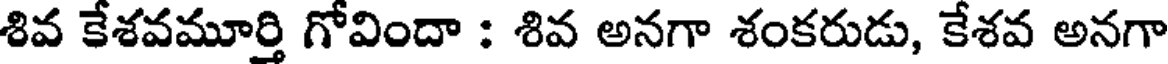
శివ కేశవమూర్తి గోవిందా : శివ అనగా శంకరుడు, కేశవ అనగా